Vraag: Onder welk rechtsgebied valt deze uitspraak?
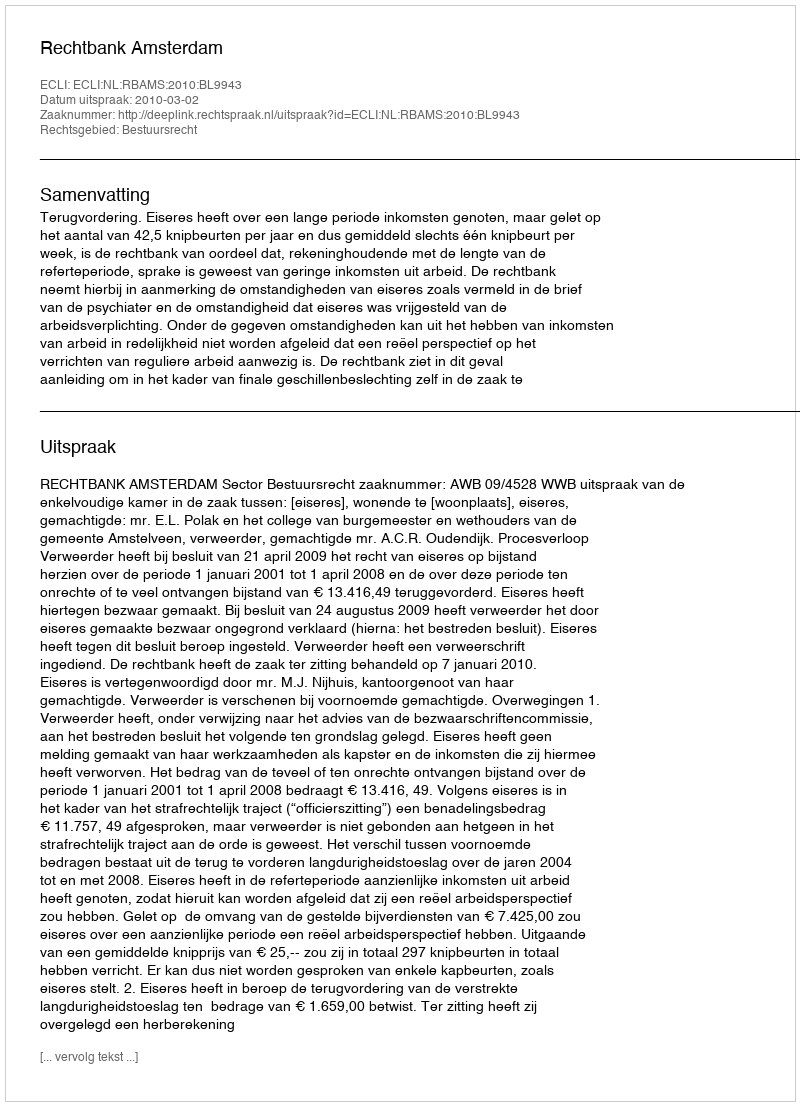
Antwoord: Bestuursrecht